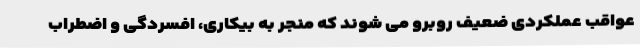
عواقب عملکردی ضعیف روبرو می شوند که منجر به بیکاری، افسردگی و اضطراب